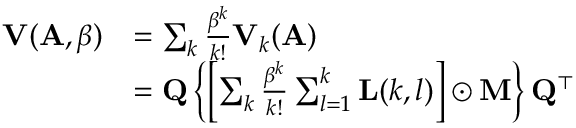
\begin{array} { r l } { \mathbf { V } ( \mathbf { A } , \beta ) } & { = \sum _ { k } \frac { \beta ^ { k } } { k ! } \mathbf { V } _ { k } ( \mathbf { A } ) } \\ & { = \mathbf { Q } \left\{ \left[ \sum _ { k } \frac { \beta ^ { k } } { k ! } \sum _ { l = 1 } ^ { k } \mathbf { L } ( k , l ) \right] \odot \mathbf { M } \right\} \mathbf { Q } ^ { \top } } \end{array}